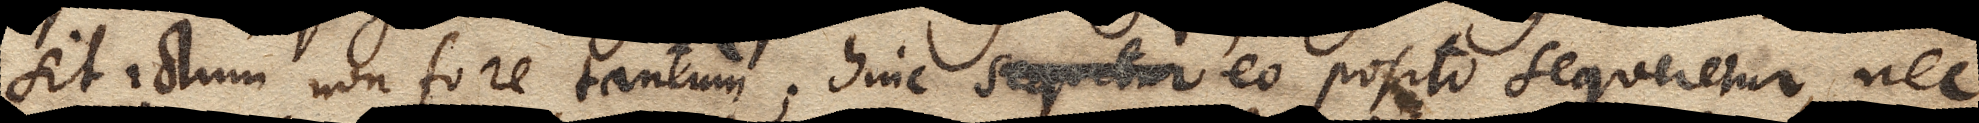
sit ictum non fore tantum; hinc sequitur eo posito sequeretur, nec